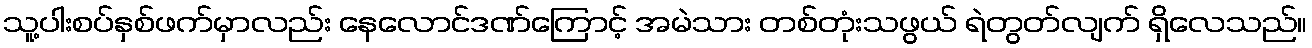
သူ့ပါးစပ်နှစ်ဖက်မှာလည်း နေလောင်ဒဏ်ကြောင့် အမဲသား တစ်တုံးသဖွယ် ရဲတွတ်လျက် ရှိလေသည်။